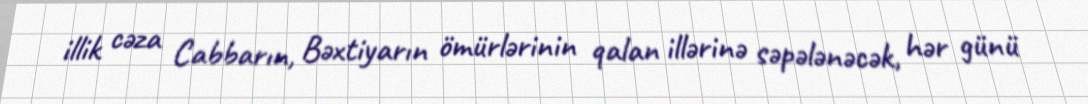
illik cəza Cabbarın, Bəxtiyarın ömürlərinin qalan illərinə səpələnəcək, hər günü